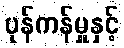
ပုန်ကန်မှုနှင့်